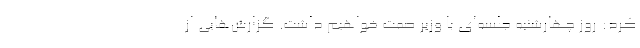
کرد: روز چهارشنبه جلسه‌ای با وزیر صمت خواهیم داشت. گزارش‌هایی از